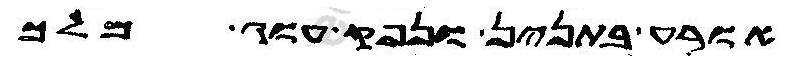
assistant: אורע בתנין ונפק עוג מלך